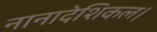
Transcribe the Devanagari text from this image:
नानादेशिकल।